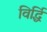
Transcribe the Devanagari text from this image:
विर्द्धि